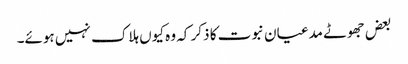
بعض جھوٹے مدعیان نبوت کا ذکر کہ وہ کیوں ہلاک نہیں ہوئے۔